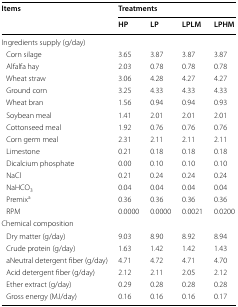
| <ROWSPAN=2> Items | <COLSPAN=4> Treatments |
 | HP | LP | LPLM | LPHM |
 | --- | --- | --- | --- | --- |
 | <COLSPAN=5> Ingredients supply (g/day) |
 | Corn silage | 3.65 | 3.87 | 3.87 | 3.87 |
 | Alfalfa hay | 2.03 | 0.78 | 0.78 | 0.78 |
 | Wheat straw | 3.06 | 4.28 | 4.27 | 4.27 |
 | Ground corn | 3.25 | 4.33 | 4.33 | 4.33 |
 | Wheat bran | 1.56 | 0.94 | 0.94 | 0.93 |
 | Soybean meal | 1.41 | 2.01 | 2.01 | 2.01 |
 | Cottonseed meal | 1.92 | 0.76 | 0.76 | 0.76 |
 | Corn germ meal | 2.31 | 2.11 | 2.11 | 2.11 |
 | Limestone | 0.21 | 0.18 | 0.18 | 0.18 |
 | Dicalcium phosphate | 0.00 | 0.10 | 0.10 | 0.10 |
 | NaCl | 0.21 | 0.24 | 0.24 | 0.24 |
 | NaHCO3 | 0.04 | 0.04 | 0.04 | 0.04 |
 | Premixa | 0.36 | 0.36 | 0.36 | 0.36 |
 | RPM | 0.0000 | 0.0000 | 0.0021 | 0.0200 |
 | <COLSPAN=5> Chemical composition |
 | Dry matter (g/day) | 9.03 | 8.90 | 8.92 | 8.94 |
 | Crude protein (g/day) | 1.63 | 1.42 | 1.42 | 1.43 |
 | aNeutral detergent fiber (g/day) | 4.71 | 4.72 | 4.71 | 4.70 |
 | Acid detergent fiber (g/day) | 2.12 | 2.11 | 2.05 | 2.12 |
 | Ether extract (g/day) | 0.29 | 0.28 | 0.28 | 0.28 |
 | Gross energy (MJ/day) | 0.16 | 0.16 | 0.16 | 0.17 |